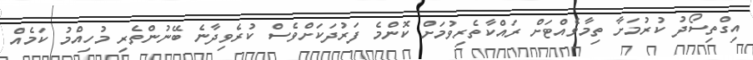
އިގްތިސޯދު ކުރުމަށާ ތިމާވެއްޓަށް ރައްކާތެރިވުމަށް ކޮންމެ ފަރުދަކަށްވެސް ކުރެވިދާނެ ބޭނުންތެރި މުހިއްމު ކަމެއް